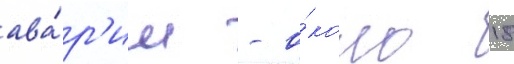
ава́р'ии - о́коло 18